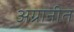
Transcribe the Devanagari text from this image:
अग्रानीत